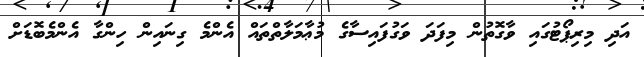
އަދި މިރިޕޯޓުގައި ވާގޮތުން މިފަދަ ވަގުފައިސާގެ މުޢާމަލާތްތައް އެންމެ ގިނައިން ހިންގާ އެންމެބޮޑަށް